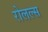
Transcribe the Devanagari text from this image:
रोलल्स